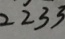
2 2 3 3